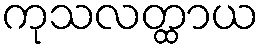
ကုသလတ္ထာယ